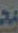
مع